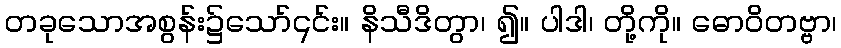
တခုသောအစွန်း၌သော်၎င်း။ နိသီဒိတွာ၊ ၍။ ပါဒါ၊ တို့ကို။ ဓောဝိတဗ္ဗာ၊